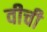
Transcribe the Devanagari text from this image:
वीची